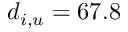
d _ { i , u } = 6 7 . 8